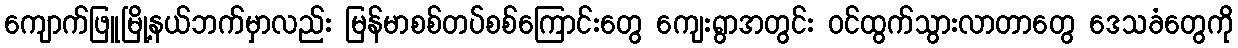
ကျောက်ဖြူမြို့နယ်ဘက်မှာလည်း မြန်မာစစ်တပ်စစ်ကြောင်းတွေ ကျေးရွာအတွင်း ဝင်ထွက်သွားလာတာတွေ ဒေသခံတွေကို